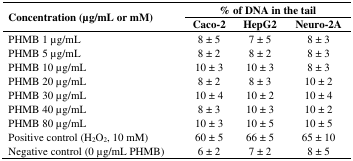
<table><thead><tr><td rowspan="2"><b>Concentration (μg/mL or mM)</b></td><td colspan="3"><b>% of DNA in the tail </b></td></tr><tr><td><b>Caco-2</b></td><td><b>HepG2</b></td><td><b>Neuro-2A</b></td></tr></thead><tbody><tr><td>PHMB 1 μg/mL</td><td>8 ± 5</td><td>7 ± 5</td><td>8 ± 3</td></tr><tr><td>PHMB 5 μg/mL</td><td>8 ± 2</td><td>8 ± 2</td><td>8 ± 3</td></tr><tr><td>PHMB 10 μg/mL</td><td>10 ± 3</td><td>10 ± 3</td><td>8 ± 3</td></tr><tr><td>PHMB 20 μg/mL</td><td>8 ± 2</td><td>8 ± 3</td><td>10 ± 2</td></tr><tr><td>PHMB 30 μg/mL</td><td>10 ± 4</td><td>10 ± 2</td><td>10 ± 4</td></tr><tr><td>PHMB 40 μg/mL</td><td>8 ± 3</td><td>10 ± 3</td><td>10 ± 2</td></tr><tr><td>PHMB 80 μg/mL</td><td>10 ± 3</td><td>10 ± 5</td><td>10 ± 5</td></tr><tr><td>Positive control (H<sub>2</sub>O<sub>2</sub>, 10 mM)</td><td>60 ± 5</td><td>66 ± 5</td><td>65 ± 10</td></tr><tr><td>Negative control (0 μg/mL PHMB)</td><td>6 ± 2</td><td>7 ± 2</td><td>8 ± 5</td></tr></tbody></table>